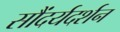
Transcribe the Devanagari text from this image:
सौंदर्यदर्शन